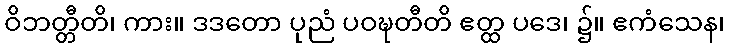
ဝိဘတ္တီတိ၊ ကား။ ဒဒတော ပုညံ ပဝဍ္ဎတီတိ ဧတ္ထ ပဒေ၊ ၌။ ဧကံသေန၊